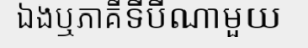
ឯងឬភាគីទីបីណាមួយ